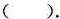
( ).